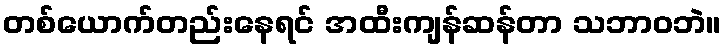
တစ်ယောက်တည်းနေရင် အထီးကျန်ဆန်တာ သဘာဝဘဲ။